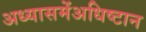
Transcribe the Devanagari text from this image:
अध्यासमेंअधिष्टान